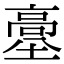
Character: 𩫊